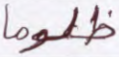
ظلوما